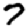
Digit: 7